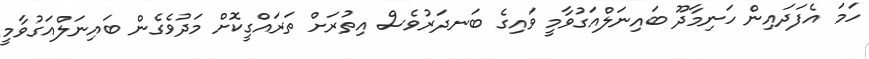
ހަމަ އެފަދައިން ހަނިމާދޫ ބައިނަލްއަގުވާމީ ވައިގެ ބަނދަރުވެސް އިތުރަށް ތަރައްގީކޮށް މަދުވެގެން ބައިނަލްއަގުވާމީ